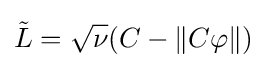
{\tilde {L}}={\sqrt {\nu }}(C-\|C\varphi \|)